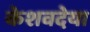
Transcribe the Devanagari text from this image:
केशवदेया